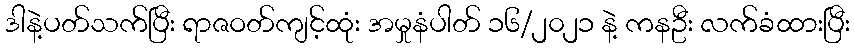
ဒါနဲ့ပတ်သက်ပြီး ရာဇဝတ်ကျင့်ထုံး အမှုနံပါတ် ၁၆/၂၀၂၁ နဲ့ ကနဦး လက်ခံထားပြီး